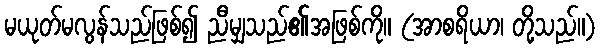
မယုတ်မလွန်သည်ဖြစ်၍ ညီမျှသည်၏အဖြစ်ကို။ (အာစရိယာ၊ တို့သည်။)